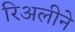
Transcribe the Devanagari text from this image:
रिअलीने